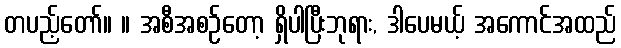
တပည့်တော်။ ။ အစီအစဉ်တော့ ရှိပါပြီးဘုရား, ဒါပေမယ့် အကောင်အထည်